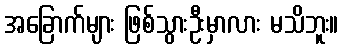
အခြောက်များ ဖြစ်သွားဦးမှာလား မသိဘူး။